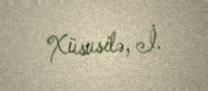
Xüsusilə, İ.